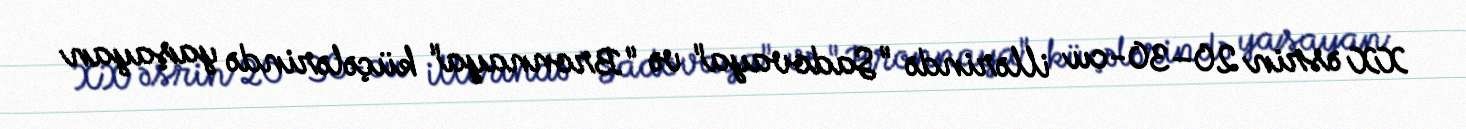
XX əsrin 20–30-cu illərində "Sadovaya" və "Bronnaya" küçələrində yaşayan